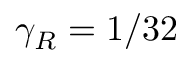
\gamma _ { R } = 1 / 3 2